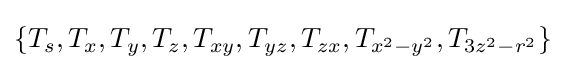
\lbrace T_{s},T_{x},T_{y},T_{z},T_{xy},T_{yz},T_{zx},T_{x^{2}-y^{2}},T_{3z^{2}-r^{2}}\rbrace